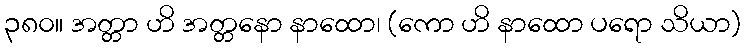
၃၈၀။ အတ္တာ ဟိ အတ္တနော နာထော၊ (ကော ဟိ နာထော ပရော သိယာ)